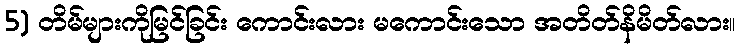
5) တိမ်များကိုမြင်ခြင်း ကောင်းလား မကောင်းသော အတိတ်နိမိတ်လား။